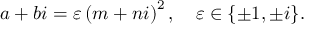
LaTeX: a + b i = \varepsilon \left( m + n i \right) ^ { 2 } , \quad \varepsilon \in \{ \pm 1 , \pm i \} .